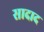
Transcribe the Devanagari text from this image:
सादाद